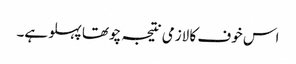
اس خوف کا لازمی نتیجہ چوتھا پہلو ہے۔